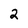
Character: 2